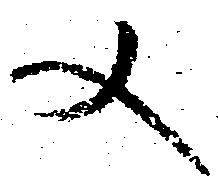
文